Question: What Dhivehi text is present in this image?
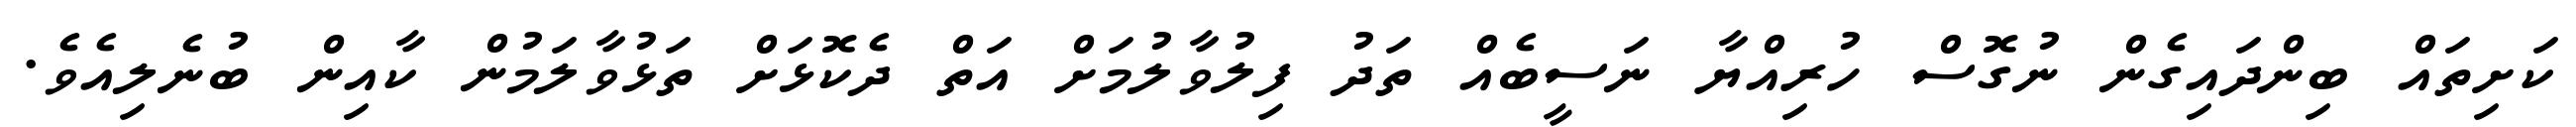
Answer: ކަށިތައް ބިންދައިގެން ނުގޮސް ހުރިއްޔާ ނަސީބެއް ތަދު ފިލުވާލުމަށް އަތް ދެކޮޅަށް ތަޅުވާލަމުން ކާއިން ބުނެލިއެވެ.